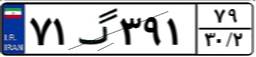
۷۱گ۳۹۱۷۹